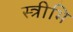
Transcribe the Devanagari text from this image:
स्त्रीभि